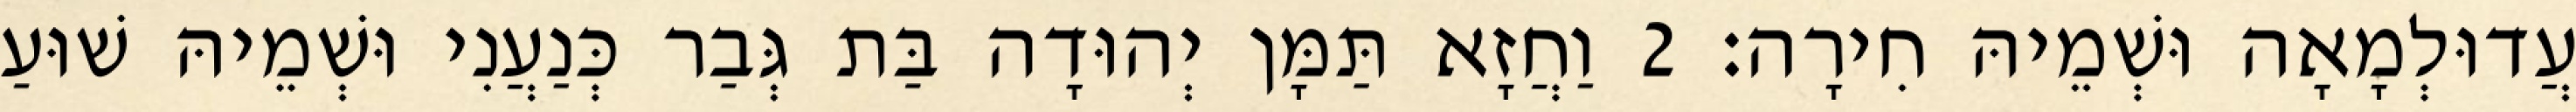
עֲדוּלְמָאָה וּשְׁמֵיהּ חִירָה׃ 2 וַחֲזָא תַּמָּן יְהוּדָה בַּת גְּבַר כְּנַעֲנִי וּשְׁמֵיהּ שׁוּעַ